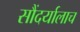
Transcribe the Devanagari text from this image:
सौंदर्यालाच